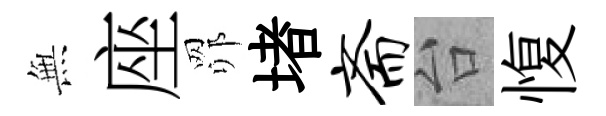
𭴾座𦊑堵斋台愎